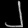
Digit: ၂